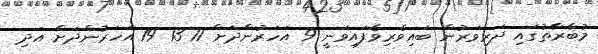
މުބާރާތުގައި ދަރިވަރުން ބައިވެރިވެފައިވަނީ 9 އަހަރުންދަށް 11 13 19 އަހަރުންދަށް އަދި